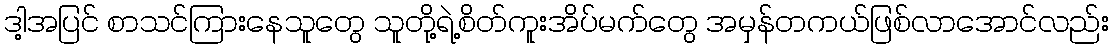
ဒါ့အပြင် စာသင်ကြားနေသူတွေ သူတို့ရဲ့စိတ်ကူးအိပ်မက်တွေ အမှန်တကယ်ဖြစ်လာအောင်လည်း